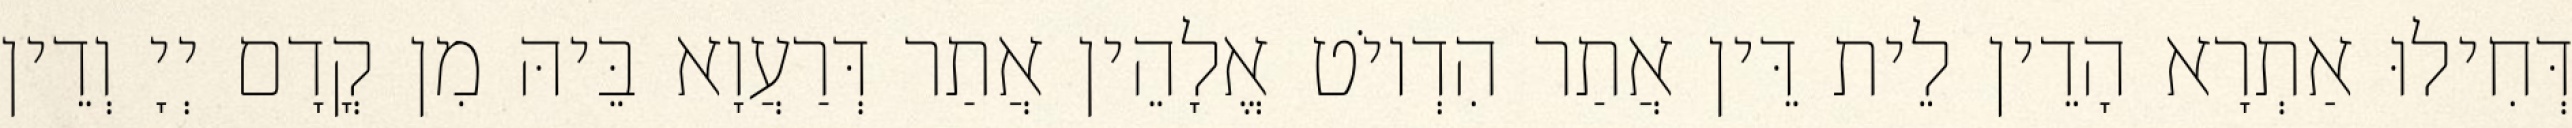
דְּחִילוּ אַתְרָא הָדֵין לֵית דֵּין אֲתַר הִדְיוֹט אֱלָהֵין אֲתַר דְּרַעֲוָא בֵּיהּ מִן קֳדָם יְיָ וְדֵין